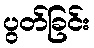
ပွတ်ခြင်း